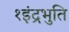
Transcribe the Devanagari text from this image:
१इंद्रभुति